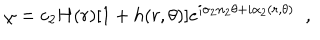
\chi = c _ { 2 } H ( r ) [ 1 + h ( r , \theta ) ] e ^ { i \sigma _ { 2 } n _ { 2 } \theta + i \alpha _ { 2 } ( r , \theta ) } \; \; ,